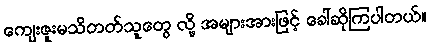
ကျေးဇူးမသိတတ်သူတွေ လို့ အများအားဖြင့် ခေါ်ဆိုကြပါတယ်။